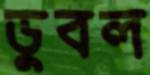
ডুবল